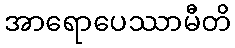
အာရောပေဿာမီတိ